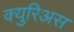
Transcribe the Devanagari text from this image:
क्युरिअस